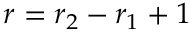
r = r _ { 2 } - r _ { 1 } + 1